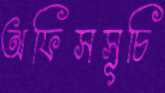
অফিসসূচি